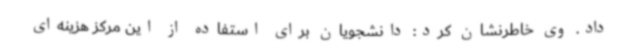
داد. وی خاطرنشان کرد: دانشجویان برای استفاده از این مرکز هزینه‌ای